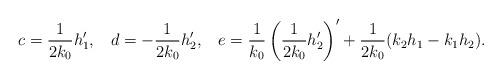
LaTeX: \begin{align*}c = \frac 1{2k_0} h_1', \hskip 2ex d = -\frac1{2k_0} h_2', \hskip 2ex e = \frac1{k_0}\left(\frac1{2k_0} h_2'\right)'+\frac1{2k_0} (k_2h_1-k_1h_2). \end{align*}